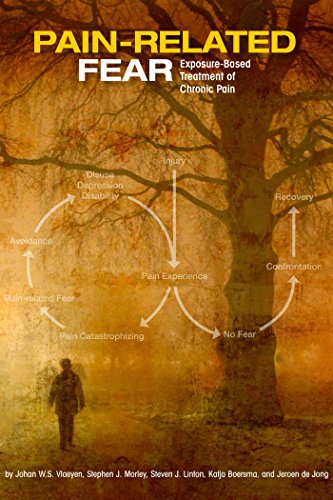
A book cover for Pain-Related Fear:Exposure-Based Treatment of Chronic Pain; Johan W.S. Vlaeyen PhD; Health, Fitness & Dieting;